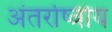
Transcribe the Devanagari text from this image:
अंतर्राष्त्रीय